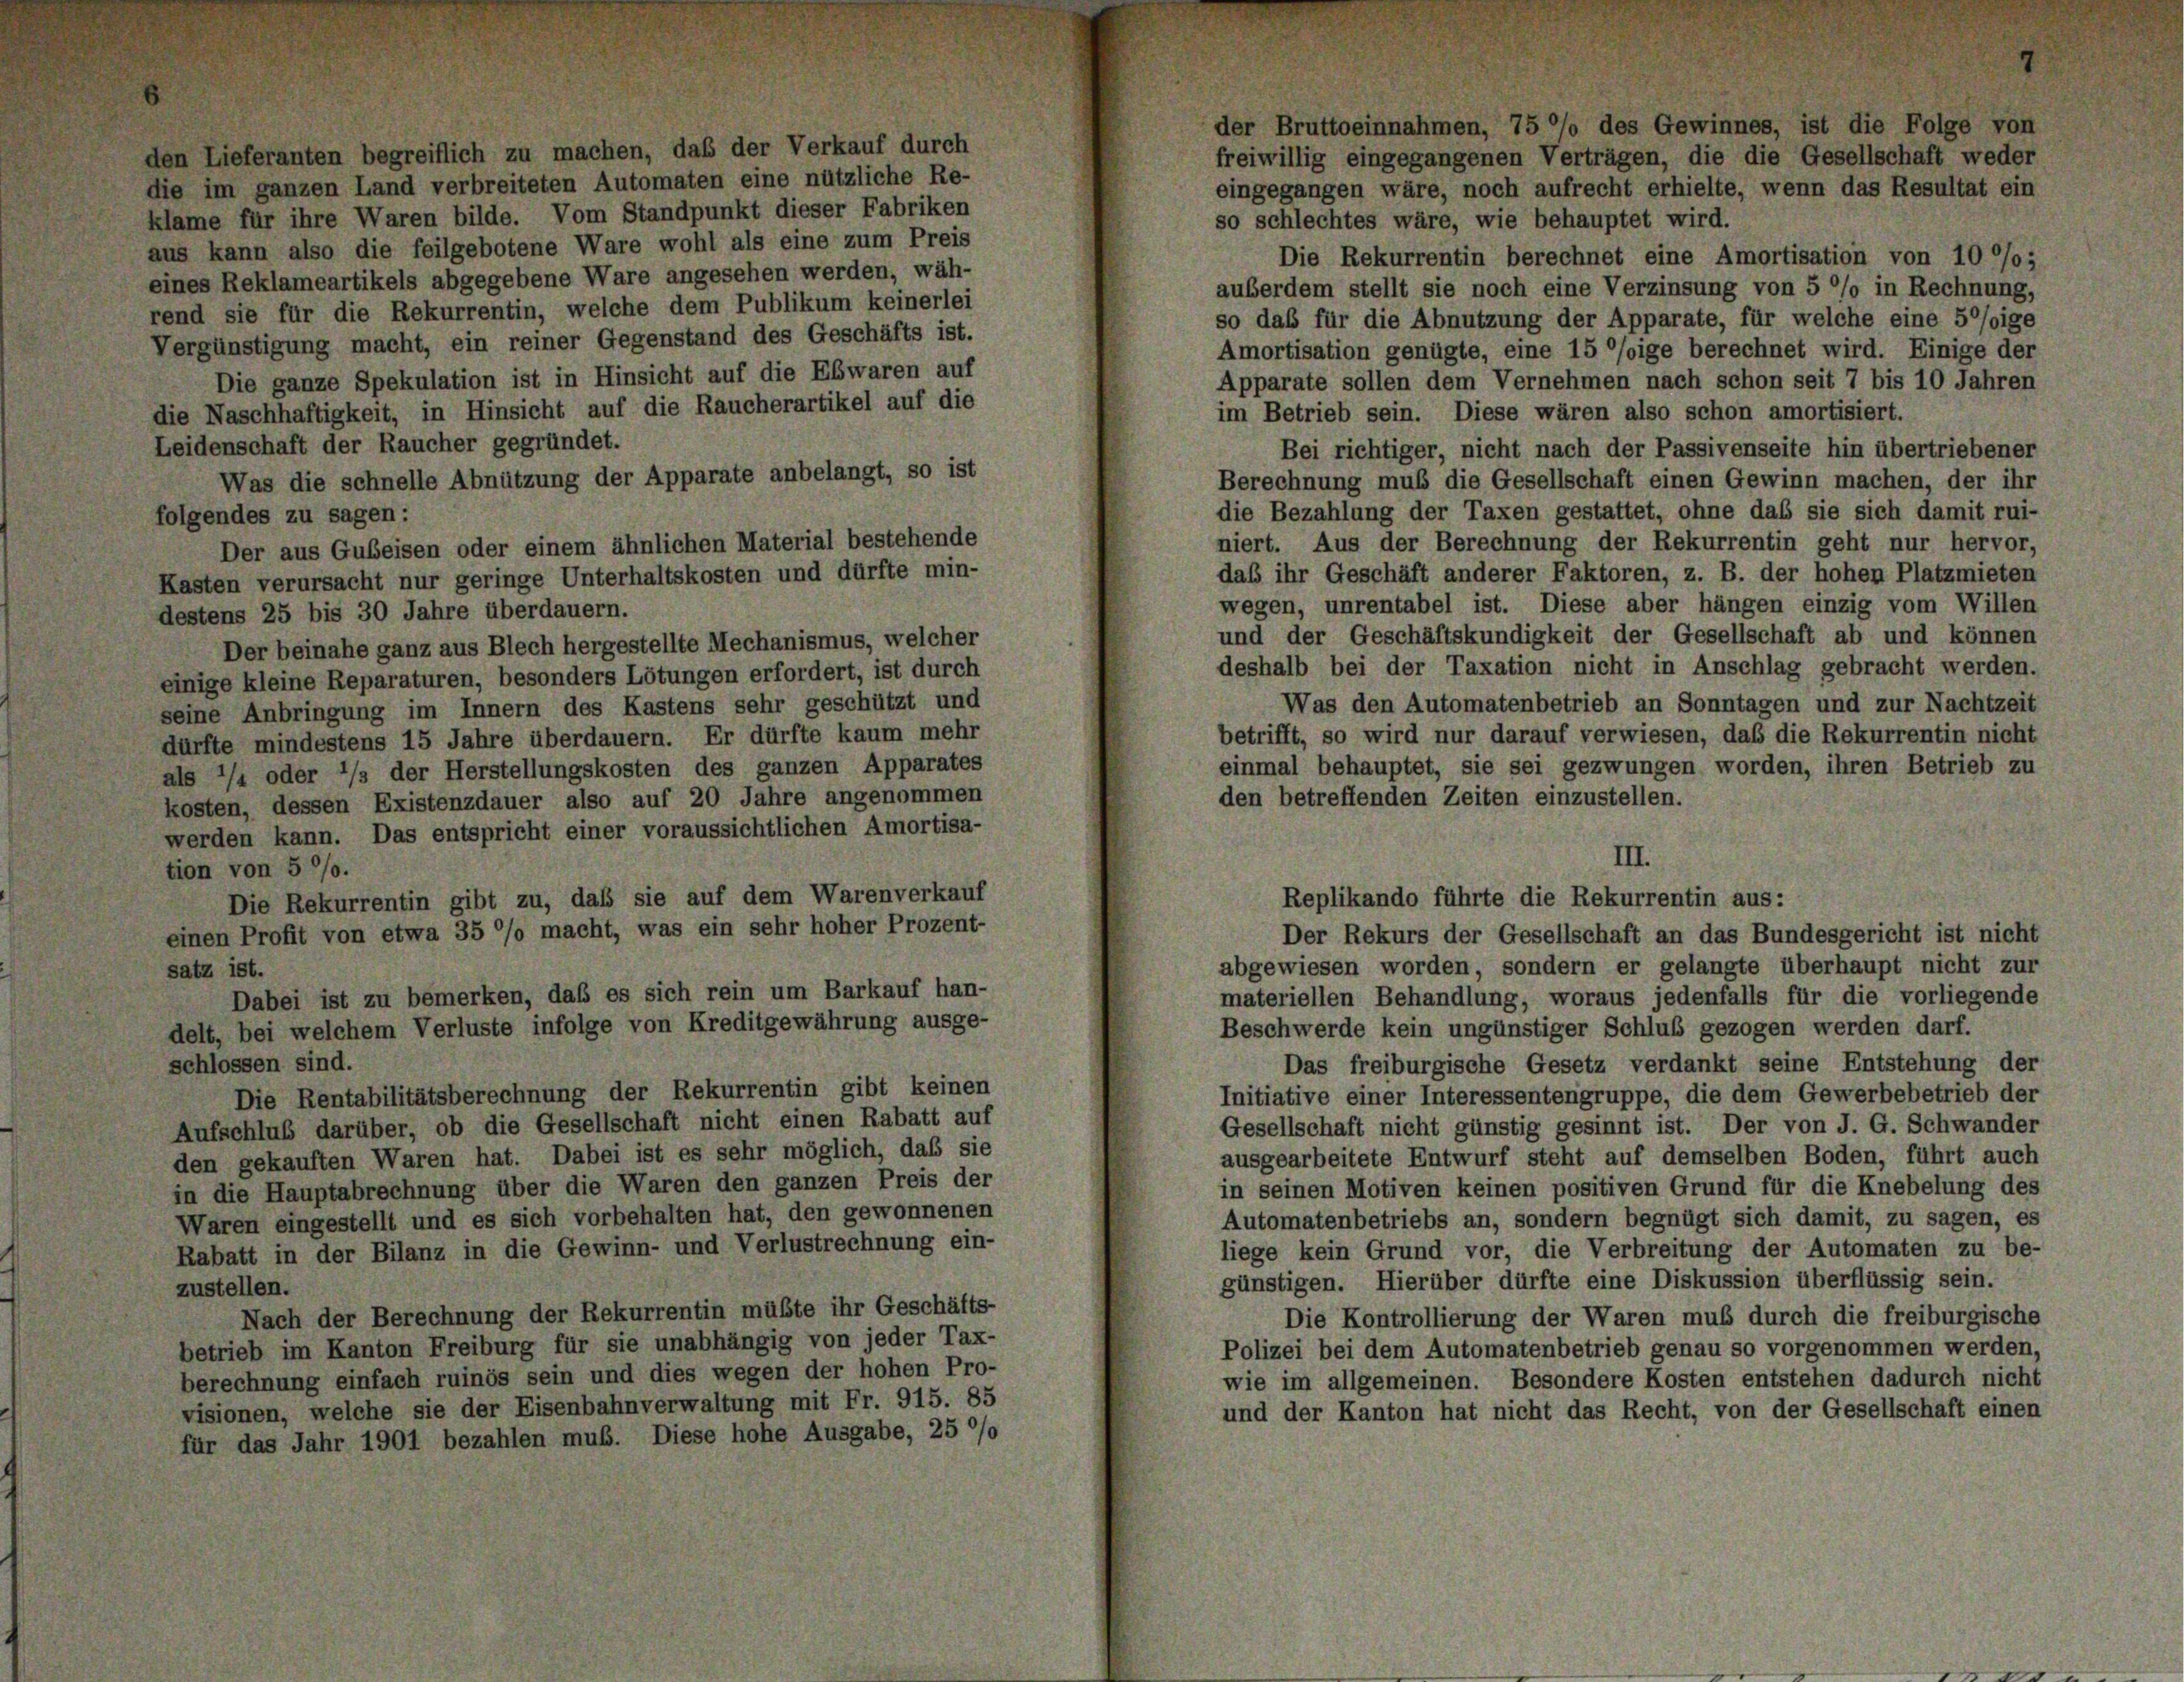
der Bruttoeinnahmen, 75 %% des Gewinnes, ist die Folge von
den Lieferanten begreiflich zu machen, daß der Verkauf durch
freiwillig eingegangenen Verträgen, die die Gesellschaft weder
die im ganzen Land verbreiteten Automaten eine nützliche Re-
eingegangen wäre, noch aufrecht erhielte, wenn das Resultat ein
klame für ihre Waren bilde. Vom Standpunkt dieser Fabriken
so schlechtes wäre, wie behauptet wird.
aus kann also die feilgebotene Ware wohl als eine zum Preis
Die Rekurrentin berechnet eine Amortisation von 10 °/0;
eines Reklameartikels abgegebene Ware angesehen werden, wäh-
auberdem stellt sie noch eine Verzinsung von 5 °/o in Rechnung,
rend sie für die Rekurrentin, welche dem Publikum keinerlei
so daß für die Abnutzung der Apparate, für welche eine 5°/oige
Vergünstigung macht, ein reiner Gegenstand des Geschäfts ist.
Amortisation genügte, eine 15 °/oige berechnet wird. Einige der
Die ganze Spekulation ist in Hinsicht auf die Ebwaren auf
Apparate sollen dem Vernehmen nach schon seit 7 bis 10 Jahren
die Naschhaftigkeit, in Hinsicht auf die Raucherartikel auf die
im Betrieb sein. Diese wären also schon amortisiert.
Leidenschaft der Raucher gegründet.
Bei richtiger, nicht nach der Passivenseite hin übertriebener
Was die schnelle Abnützung der Apparate anbelangt, so ist
Berechnung muß die Gesellschaft einen Gewinn machen, der ihr
die Bezahlung der Taxen gestattet, ohne das sie sich damit rui-
folgendes zu sagen:
niert. Aus der Berechnung der Rekurrentin geht nur hervor,
Der aus Gubeisen oder einem ähnlichen Material bestehende
daß ihr Geschäft anderer Faktoren, z. B. der hohen Platzmieten
Kasten verursacht nur geringe Unterhaltskosten und dürfte min-
wegen, unrentabel ist. Diese aber hängen einzig vom Willen
destens 25 bis 30 Jahre überdauern.
und der Geschäftskundigkeit der Gesellschaft ab und können
Der beinahe ganz aus Blech hergestellte Mechanismus, welcher
deshalb bei der Taxation nicht in Anschlag gebracht werden.
einige kleine Reparaturen, besonders Lötungen erfordert, ist durch
Was den Automatenbetrieb an Sonntagen und zur Nachtzeit
seine Anbringung im Innern des Kastens sehr geschützt und
betrifft, so wird nur darauf verwiesen, daß die Rekurrentin nicht
dürfte mindestens 15 Jahre überdauern. Er dürfte kaum mehr
einmal behauptet, sie sei gezwungen worden, ihren Betrieb zu
als 1/4 oder ’/s der Herstellungskosten des ganzen Apparates
den betreffenden Zeiten einzustellen.
kosten, dessen Existenzdauer also auf 20 Jahre angenommen
werden kann. Das entspricht einer voraussichtlichen Amortisa-
III.
tion von 5 °/o.
Die Rekurrentin gibt zu, daß sie auf dem Warenverkauf
Replikando führte die Rekurrentin aus:
einen Profit von etwa 35 °/o macht, was ein sehr hoher Prozent-
Der Rekurs der Gesellschaft an das Bundesgericht ist nicht
abgewiesen worden, sondern er gelangte überhaupt nicht zur
satz ist.
Dabei ist zu bemerken, daß es sich rein um Barkauf han-
materiellen Behandlung, woraus jedenfalls für die vorliegende
delt, bei welchem Verluste infolge von Kreditgewährung ausge-
Beschwerde kein ungünstiger Schluß gezogen werden darf.
schlossen sind.
Das freiburgische Gesetz verdankt seine Entstehung der
Die Rentabilitätsberechnung der Rekurrentin gibt keinen
Initiative einer Interessentengruppe, die dem Gewerbebetrieb der
Aufschluß darüber, ob die Gesellschaft nicht einen Rabatt auf
Gesellschaft nicht günstig gesinnt ist. Der von J. G. Schwander
den gekauften Waren hat. Dabei ist es sehr möglich, daß sie
ausgearbeitete Entwurf steht auf demselben Boden, führt auch
in die Hauptabrechnung über die Waren den ganzen Preis der
in seinen Motiven keinen positiven Grund für die Knebelung des
Waren eingestellt und es sich vorbehalten hat, den gewonnenen
Automatenbetriebs an, sondern begnügt sich damit, zu sagen, es
Rabatt in der Bilanz in die Gewinn- und Verlustrechnung ein-
liege kein Grund vor, die Verbreitung der Automaten zu be-
günstigen. Hierüber dürfte eine Diskussion überflüssig sein.
zustellen.
Nach der Berechnung der Rekurrentin müßte ihr Geschäfts-
Die Kontrollierung der Waren muß durch die freiburgische
betrieb im Kanton Freiburg für sie unabhängig von jeder Tax-
Polizei bei dem Automatenbetrieb genau so vorgenommen werden,
berechnung einfach ruinös sein und dies wegen der hohen Pro-
wie im allgemeinen. Besondere Kosten entstehen dadurch nicht
visionen, welche sie der Eisenbahnverwaltung mit Fr. 915. 85
und der Kanton hat nicht das Recht, von der Gesellschaft einen
für das Jahr 1901 bezahlen muß. Diese hohe Ausgabe, 25 0/0